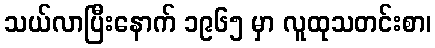
သယ်လာပြီးနောက် ၁၉၆၅ မှာ လူထုသတင်းစာ၊